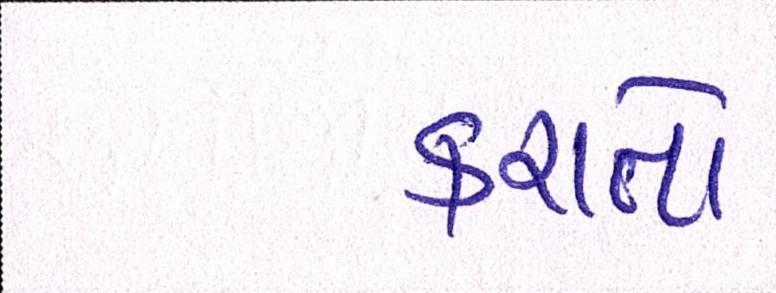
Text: કરાતો